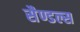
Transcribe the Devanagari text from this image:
सैण्डल्स